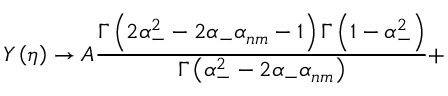
Y \left( \eta \right) \rightarrow A \frac { \Gamma \left( 2 \alpha _ { - } ^ { 2 } - 2 \alpha _ { - } \alpha _ { n m } - 1 \right) \Gamma \left( 1 - \alpha _ { - } ^ { 2 } \right) } { \Gamma \left( \alpha _ { - } ^ { 2 } - 2 \alpha _ { - } \alpha _ { n m } \right) } +